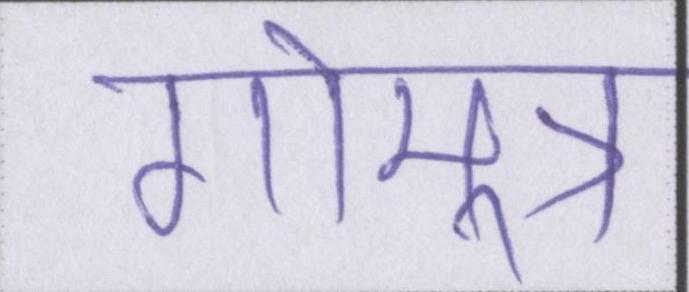
गोमूत्र